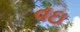
વઇ